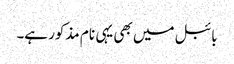
بائبل میں بھی یہی نام مذکور ہے۔